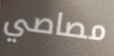
مصاصي